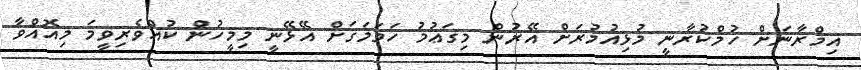
އިމްރާނަށް ހުމްކުރާނީ މުޅިއުމުރަށް އޭރުން މިގަޢުމު ހަމަމަޤަށް އޭޅޭނީ މިމީހުން ކުއްވެރިވީމަ މިއޮއްވާ